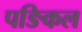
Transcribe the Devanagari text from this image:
पङिकल